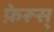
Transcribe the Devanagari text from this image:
फ़ेरूस्